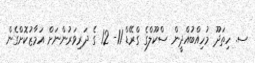
ސ. ހިތަދޫ މުހިއްބުއްދީން ސްކޫލްގެ ގްރޭޑް 11- 12 ގެ ދަރިވަރުންނަށް އަމާޒުކޮށްގެން